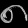
Digit: ၈